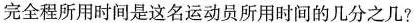
完全程所用时间是这名运动员所用时间的几分之几?